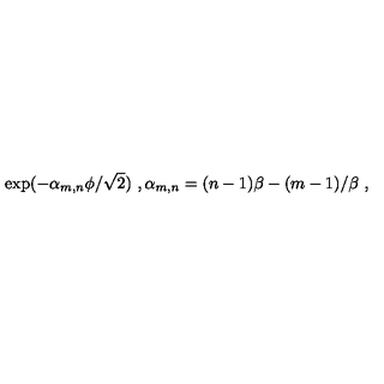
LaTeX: \exp ( - \alpha _ { m , n } \phi / \sqrt 2 ) \ , \alpha _ { m , n } = ( n - 1 ) \beta - ( m - 1 ) / \beta \ ,